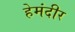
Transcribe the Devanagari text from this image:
हेमंदीर